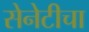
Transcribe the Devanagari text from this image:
सेनेटीचा